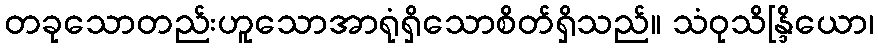
တခုသောတည်းဟူသောအာရုံရှိသောစိတ်ရှိသည်။ သံဝုသိန္ဒြိယော၊